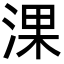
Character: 淉